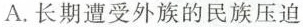
A.长期遭受外族的民族压迫